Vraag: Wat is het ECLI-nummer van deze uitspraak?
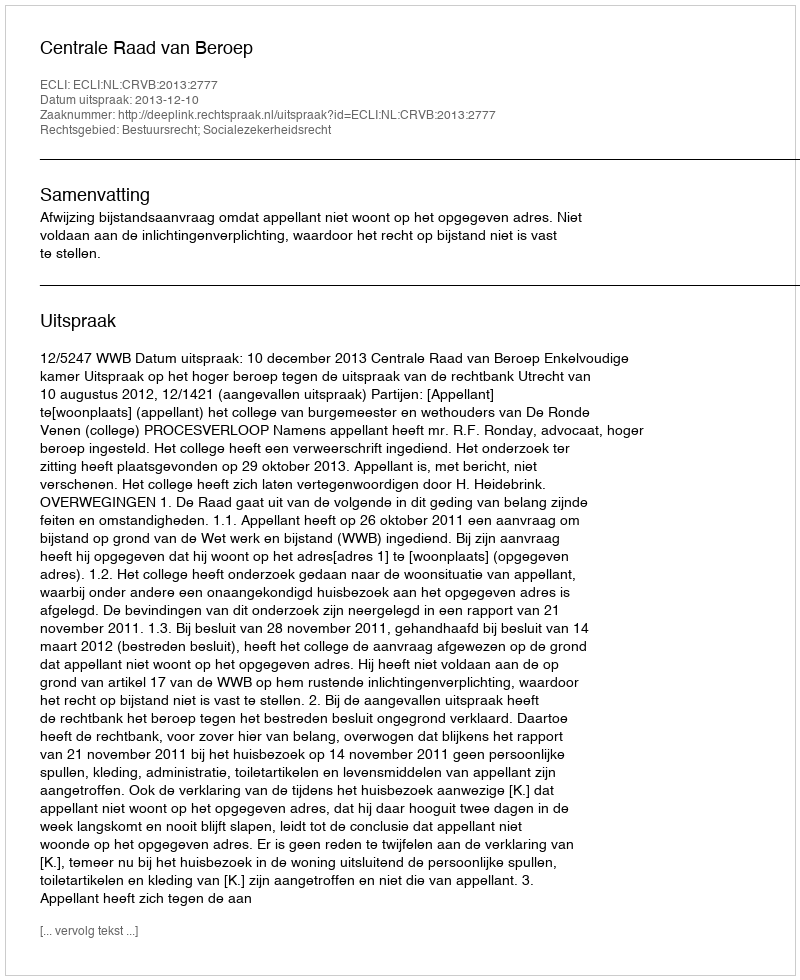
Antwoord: ECLI:NL:CRVB:2013:2777